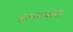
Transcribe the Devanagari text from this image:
उल्लाबास